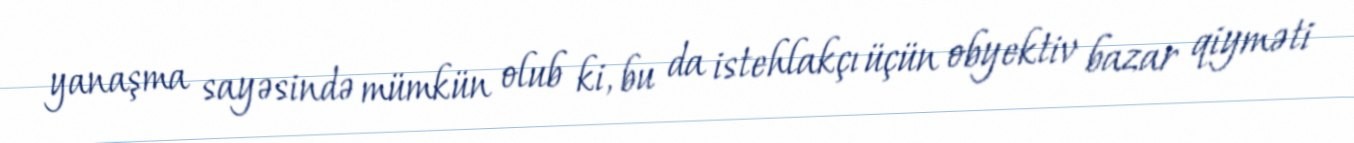
yanaşma sayəsində mümkün olub ki, bu da istehlakçı üçün obyektiv bazar qiyməti